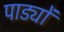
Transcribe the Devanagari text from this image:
पाड्यों